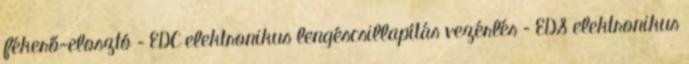
fékerő-elosztó – EDC elektronikus lengéscsillapítás vezérlés – EDS elektronikus